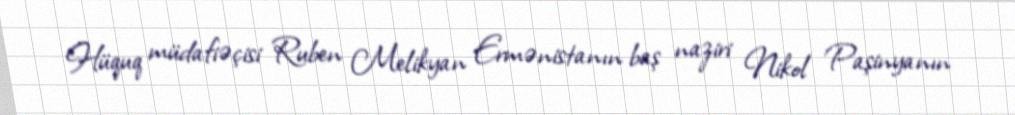
Hüquq müdafiəçisi Ruben Melikyan Ermənistanın baş naziri Nikol Paşinyanın